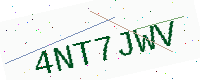
Text: 4NT7JWV